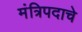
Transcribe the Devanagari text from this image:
मंत्रिपदाचे